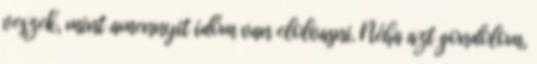
veszek, mint amennyit időm van elolvasni. Néha azt gondolom,